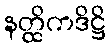
နတ္ထိကဒိဋ္ဌိ